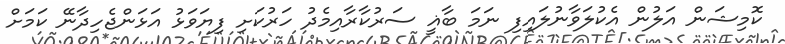
ކޮމިޝަން އަލުން އެކުލަވާނުލައިފި ނަމަ ބާޣީ ސަރުކާރާއިމެދު ހަރުކަށި ފިޔަވަޅު އަޅަންޖެހިދާނޭ ކަމަށް